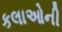
કલાઓની